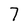
Character: 7